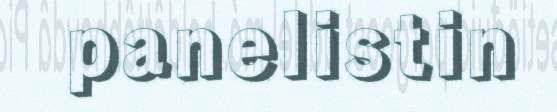
panelistin